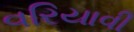
વરિયાવી